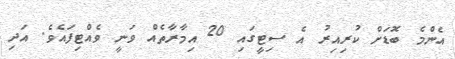
އެންމެ ބޮޑަށް ކުރިއިރު އެ ސިޓީގައި 20 އިމާރާތެއް ވަނީ ވެއްޓިފައެވެ. އަދި